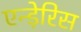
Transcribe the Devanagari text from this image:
एन्ड़ेरिस